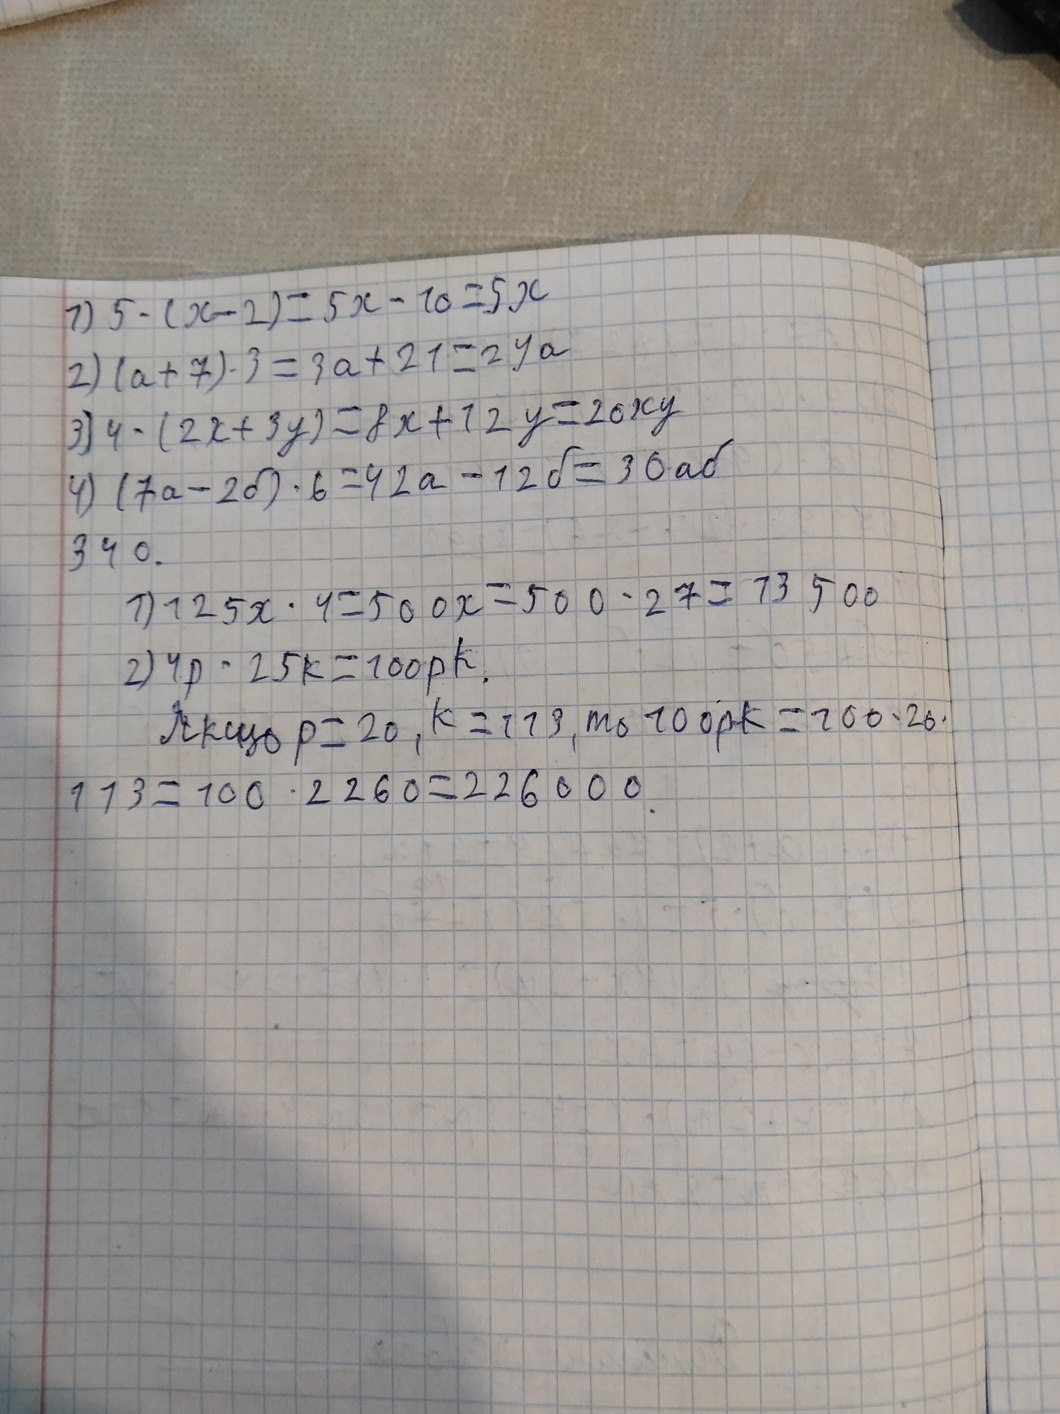
1) 5 · (x - 2) = 5x - 10 = 5x
2) (a + 7) · 3 = 3a + 21 = 24a
3) 4 - (2x + 3y) = 8x + 12y = 20xy
4) (7a - 2d) * 6 = 42a - 12d = 30ad
340.
1) 125x · 4 = 500x = 500 · 27 = 13 500
2) 4p · 25k = 100pk.
Якщо p = 20, k = 113, то 100pk = 100 · 20 ·
113=100 · 2260=226000